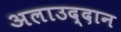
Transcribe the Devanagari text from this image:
अलाउद्दान